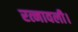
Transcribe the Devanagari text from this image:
रत्नावली।